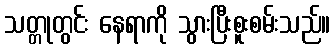
သတ္တုတွင်း နေရာကို သွားပြီးစူးစမ်းသည်။